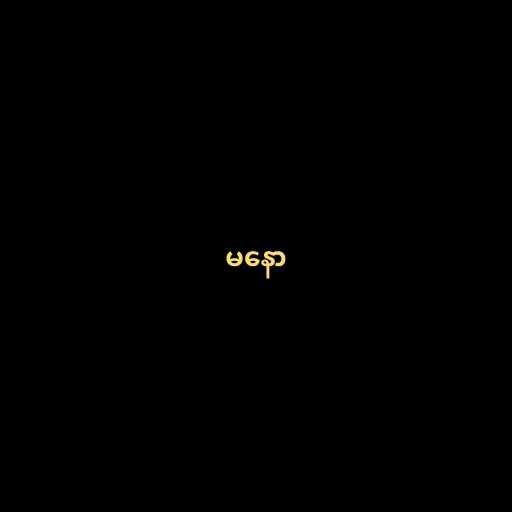
မနော